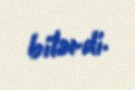
bilərdi.